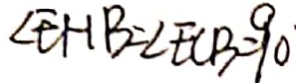
\angle E H B = \angle E C B = 9 0